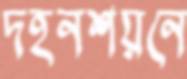
দহনশয়নে